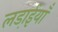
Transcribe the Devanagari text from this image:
लडा़ईयाँ